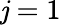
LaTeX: \mathit{j}=1